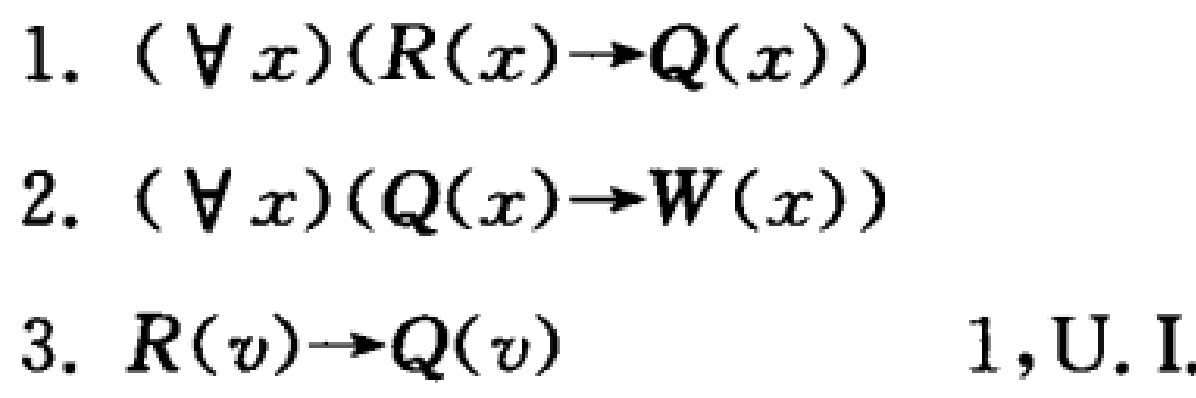
1. $(\forall x)(R(x)\to Q(x))$
2. $(\forall x)(Q(x)\to W(x))$
3. $R(v)\to Q(v)\quad 1,\text{U.I.}$